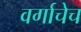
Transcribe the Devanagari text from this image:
वर्गाचेच